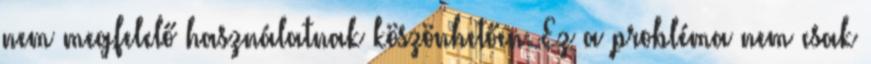
nem megfelelő használatnak köszönhetően. Ez a probléma nem csak